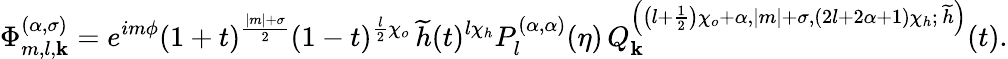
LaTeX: \Phi_{m,l,\mathbf{k}}^{(\alpha,\sigma)}=e^{im\phi}(1+t)^{\frac{{\left|m\right|+\sigma}}{{2}}}(1-t)^{\frac{{l}}{{2}}\chi_{o}}\, \widetilde{{h}}(t)^{l\chi_{h}}P_{l}^{(\alpha,\alpha)}(\eta)\, Q_{\mathbf{k}}^{\left(\left(l+\frac{{1}}{{2}}\right)\chi_{o}+\alpha,\left|m\right|+\sigma,\left(2l+2\alpha+1\right)\chi_{h};\, \widetilde{{h}}\right)}(t).